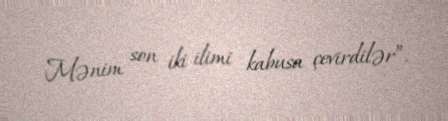
Mənim son iki ilimi kabusa çevirdilər”.